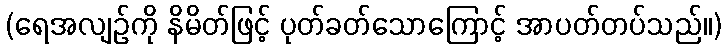
(ရေအလျဉ်ကို နိမိတ်ဖြင့် ပုတ်ခတ်သောကြောင့် အာပတ်တပ်သည်။)